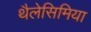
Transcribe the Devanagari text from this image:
थैलेसिमिया